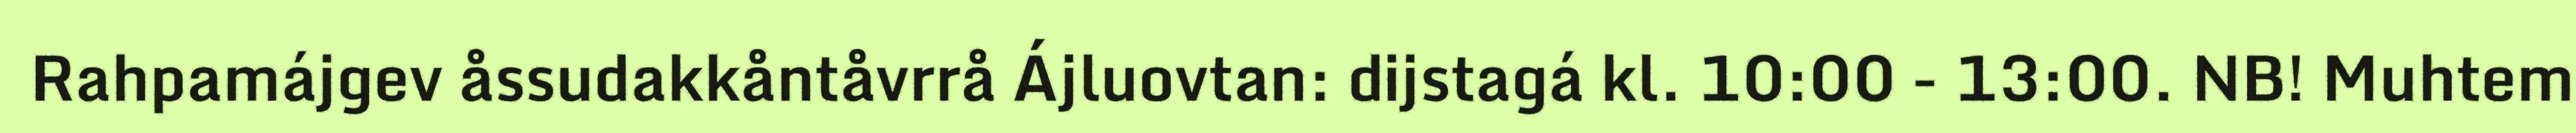
Rahpamájgev åssudakkåntåvrrå Ájluovtan: dijstagá kl. 10:00 - 13:00. NB! Muhtem